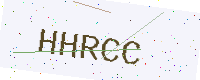
Text: HHRCC